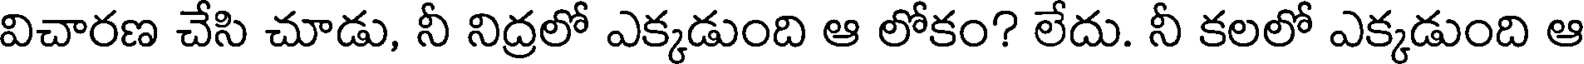
విచారణ చేసి చూడు, నీ నిద్రలో ఎక్కడుంది ఆ లోకం? లేదు. నీ కలలో ఎక్కడుంది ఆ